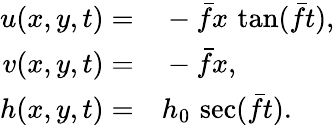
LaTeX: \begin{array}{rl}{u(x,y,t)=}&{{}-\bar{f}x\, \tan(\bar{f}t),}\\ {v(x,y,t)=}&{{}-\bar{f}x,}\\ {h(x,y,t)=}&{{}h_{0}\, \sec(\bar{f}t).}\end{array}